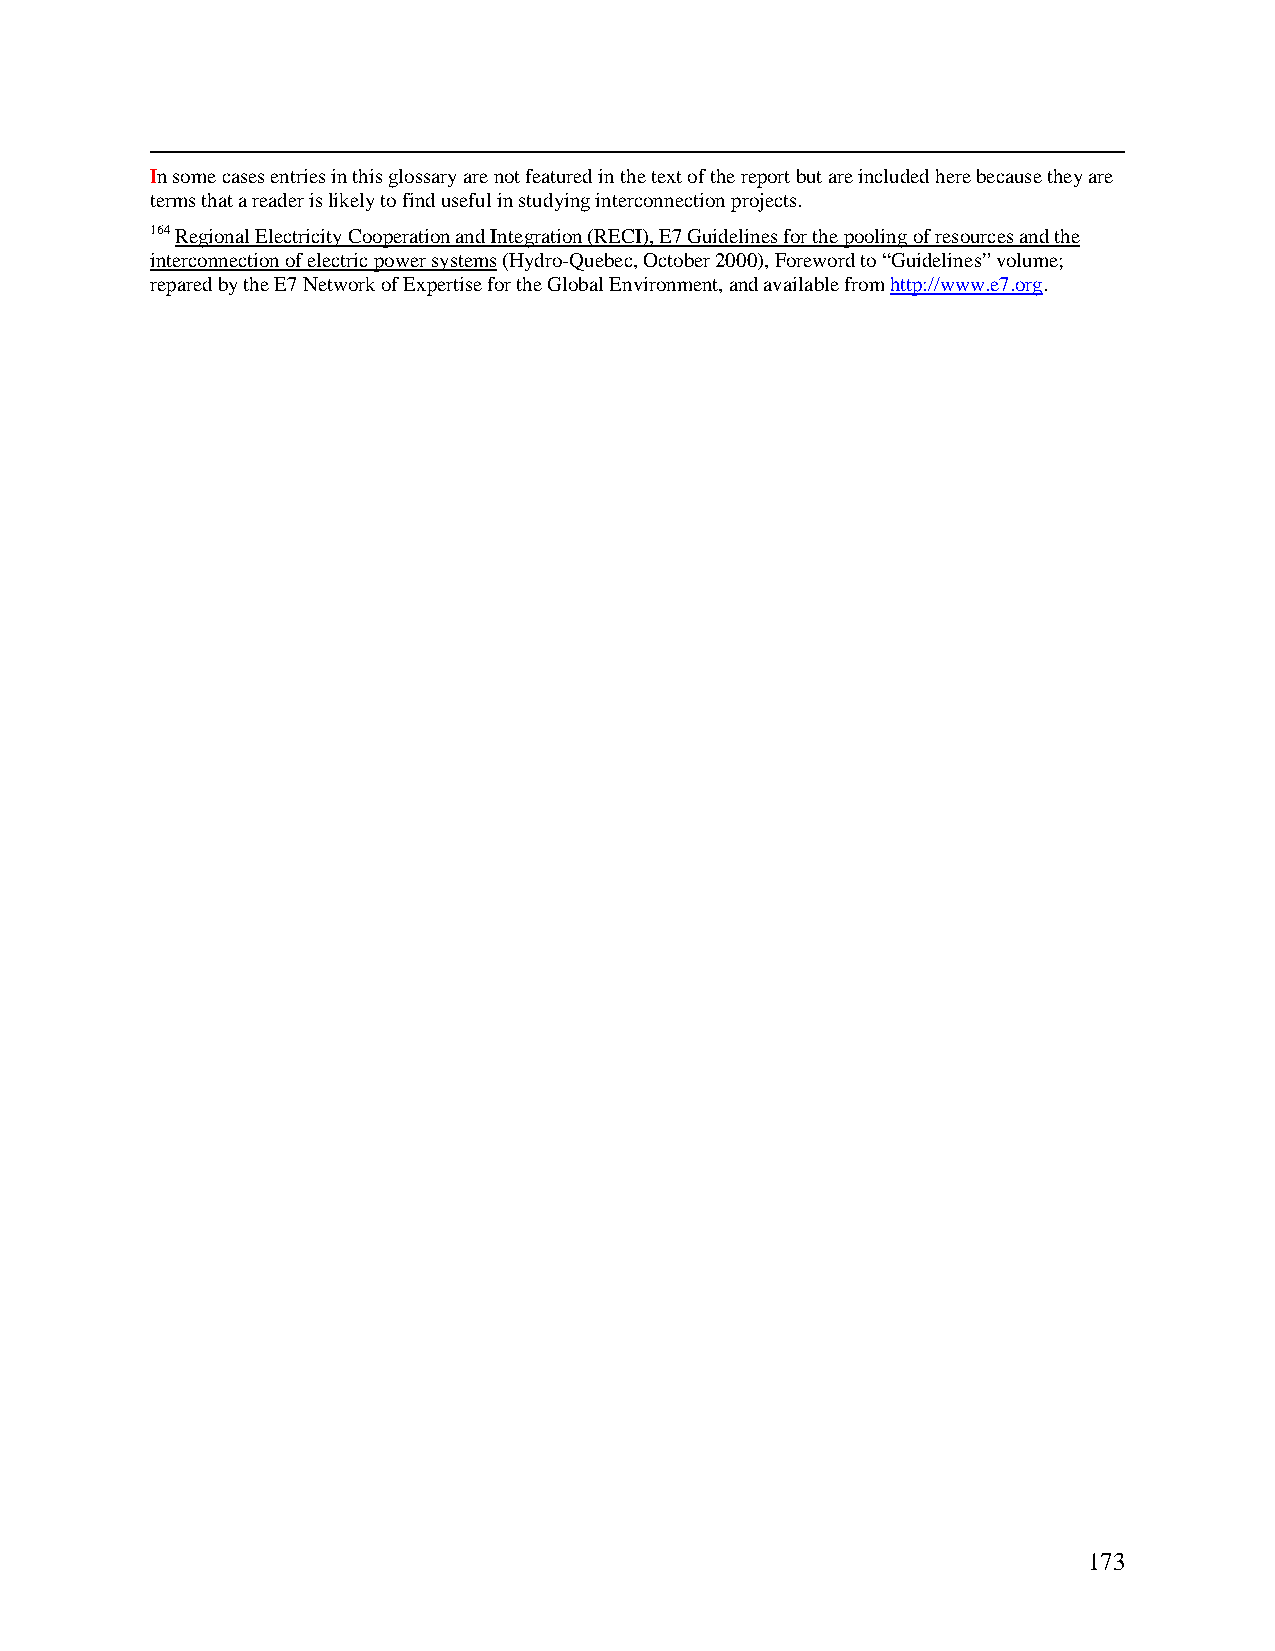
In some cases entries in this glossary are not featured in the text of the report but are included here because they are
 terms that a reader is likely to find useful in studying interconnection projects.
 164 Regional Electricity Cooperation and Integration (RECI), E7 Guidelines for the pooling of resources and the
 interconnection of electric power systems (Hydro-Quebec, October 2000), Foreword to “Guidelines” volume;
 repared by the E7 Network of Expertise for the Global Environment, and available from http://www.e7.org.
 173